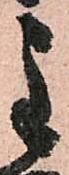
主